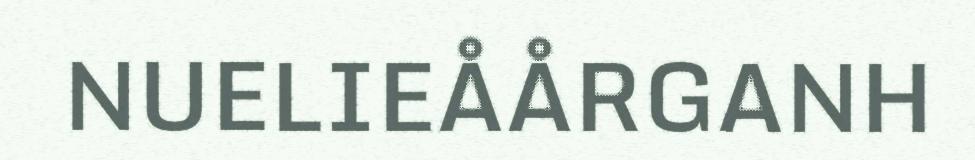
NUELIEÅÅRGANH